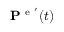
\mathbf { P } ^ { \mathrm { ~ e ~ } ^ { \prime } } ( t )